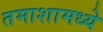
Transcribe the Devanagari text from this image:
तमाशामध्ये